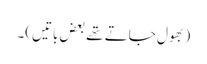
(بھول جاتے تھے بعض باتیں)۔